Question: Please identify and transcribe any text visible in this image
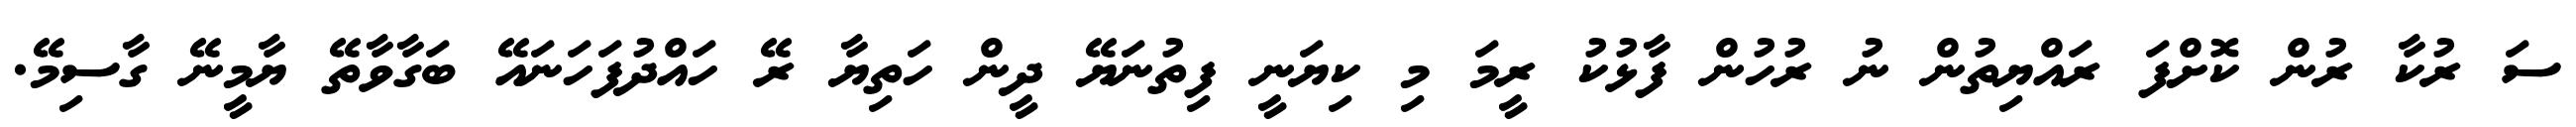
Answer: ސަ ރުކާ ރުން ކޮށްފަ ރައްޔިތުން ނު ރުހުން ފާޅުކު ރީމަ މި ކިޔަނީ ފިތުނަޔޭ ދީން ހަތިޔާ ރޭ ހައްދުފަހަނައޭ ބަގާވާތޭ ޔާމީނޭ ގާސިމޭ.